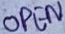
Text: OPEN